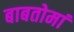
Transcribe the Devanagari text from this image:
बाबतोमां